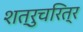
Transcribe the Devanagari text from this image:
शत्रुचरित्र